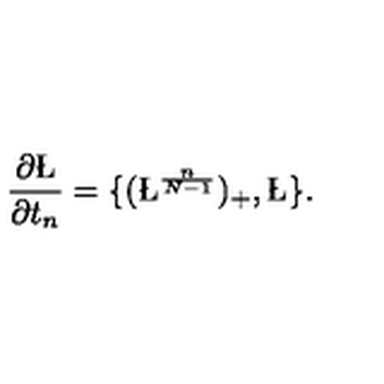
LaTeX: \frac { \partial \L } { \partial t _ { n } } = \{ ( \L ^ { \frac { n } { N - 1 } } ) _ { + } , \L \} .